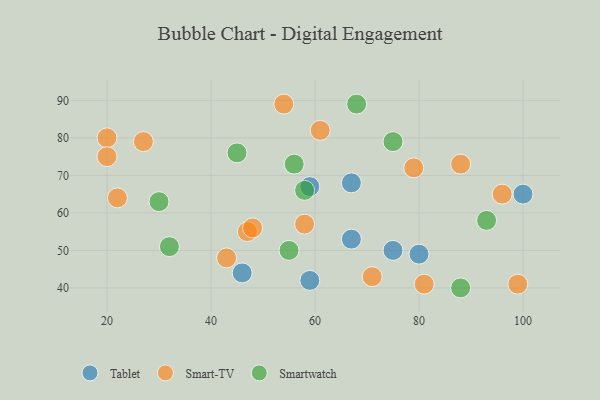
{"axis": {"x": "GDP", "y": "Life Expectancy"}, "legend": ["Smart-TV", "Smartwatch", "Tablet"], "data": [{"x": "46", "y": 44, "type": "Tablet"}, {"x": "75", "y": 50, "type": "Tablet"}, {"x": "67", "y": 68, "type": "Tablet"}, {"x": "59", "y": 42, "type": "Tablet"}, {"x": "100", "y": 65, "type": "Tablet"}, {"x": "80", "y": 49, "type": "Tablet"}, {"x": "67", "y": 53, "type": "Tablet"}, {"x": "59", "y": 67, "type": "Tablet"}, {"x": "79", "y": 72, "type": "Smart-TV"}, {"x": "54", "y": 89, "type": "Smart-TV"}, {"x": "88", "y": 73, "type": "Smart-TV"}, {"x": "61", "y": 82, "type": "Smart-TV"}, {"x": "47", "y": 55, "type": "Smart-TV"}, {"x": "20", "y": 80, "type": "Smart-TV"}, {"x": "43", "y": 48, "type": "Smart-TV"}, {"x": "96", "y": 65, "type": "Smart-TV"}, {"x": "99", "y": 41, "type": "Smart-TV"}, {"x": "71", "y": 43, "type": "Smart-TV"}, {"x": "20", "y": 75, "type": "Smart-TV"}, {"x": "48", "y": 56, "type": "Smart-TV"}, {"x": "22", "y": 64, "type": "Smart-TV"}, {"x": "58", "y": 57, "type": "Smart-TV"}, {"x": "27", "y": 79, "type": "Smart-TV"}, {"x": "81", "y": 41, "type": "Smart-TV"}, {"x": "75", "y": 79, "type": "Smartwatch"}, {"x": "93", "y": 58, "type": "Smartwatch"}, {"x": "32", "y": 51, "type": "Smartwatch"}, {"x": "88", "y": 40, "type": "Smartwatch"}, {"x": "55", "y": 50, "type": "Smartwatch"}, {"x": "58", "y": 66, "type": "Smartwatch"}, {"x": "30", "y": 63, "type": "Smartwatch"}, {"x": "45", "y": 76, "type": "Smartwatch"}, {"x": "56", "y": 73, "type": "Smartwatch"}, {"x": "68", "y": 89, "type": "Smartwatch"}]}